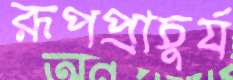
রূপপ্রাচুর্য